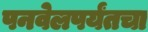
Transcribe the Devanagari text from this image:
पनवेलपर्यंतचा